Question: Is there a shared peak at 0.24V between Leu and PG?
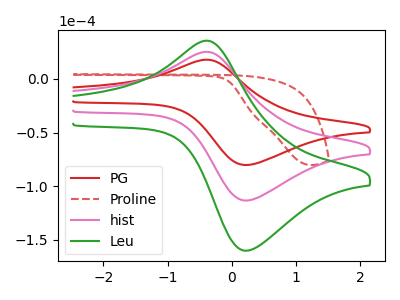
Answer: <think>The red curve "PG" has an anodic peak at (-0.40V, 17.75uA) and a cathodic peak at (0.25V, -80.20uA). The red dashed curve "Proline" has no peaks. The pink curve "hist" has an anodic peak at (-0.40V, 25.05uA) and a cathodic peak at (0.25V, -113.25uA). The green curve "Leu" has an anodic peak at (-0.40V, 50.10uA) and a cathodic peak at (0.25V, -226.50uA).</think>
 <answer>Yes, "Leu" and "PG" share a peak at 0.24V.</answer>
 <eval>match</eval>